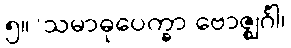
၅။	သမာဓုပေက္ခာ ဗောဇ္ဈင်္ဂါ၊